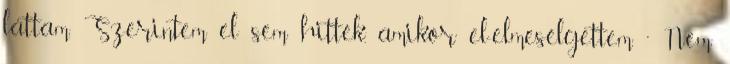
láttam. Szerintem el sem hitték, amikor el-elmesélgettem. ” Nem